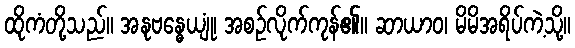
ထိုကံတို့သည်။ အနုဗန္ဓေယျုံ၊ အစဉ်လိုက်ကုန်၏။ ဆာယာဝ၊ မိမိအရိပ်ကဲ့သို့။